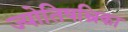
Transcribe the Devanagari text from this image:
ज्योतिषभ्रिका